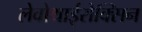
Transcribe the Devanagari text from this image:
लेवोथाईरोक्सिन